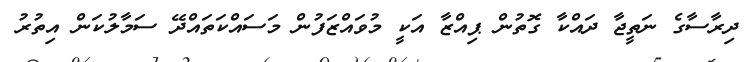
ދިރާސާގެ ނަތީޖާ ދައްކާ ގޮތުން ޕިއްޒާ އަކީ މުވައްޒަފުން މަސައްކަތައްދޭ ސަމާލުކަން އިތުރު